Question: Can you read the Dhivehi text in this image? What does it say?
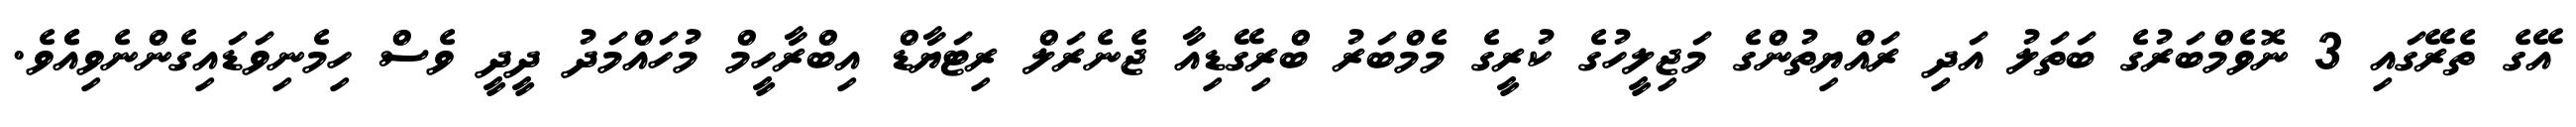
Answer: އޭގެ ތެރޭގައި 3 ނޮވެމްބަރުގެ ބަތަލު އަދި ރައްޔިތުންގެ މަޖިލީހުގެ ކުރީގެ މެމްބަރު ބްރިގޭޑިއާ ޖެނެރަލް ރިޓަޔާޑް އިބްރާހީމް މުހައްމަދު ދީދީ ވެސް ހިމެނިވަޑައިގެންނެވިއެެވެ.